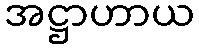
အဋ္ဌာဟာယ